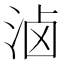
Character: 𰛮